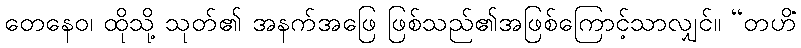
တေနေဝ၊ ထိုသို့ သုတ်၏ အနက်အဖြေ ဖြစ်သည်၏အဖြစ်ကြောင့်သာလျှင်။ “တဟိံ